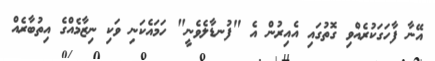
އޭނާ ފާހަގަކުރެއްވި ގޮތުގައި އެއިރުން އެ "ފުނޑާލެވެނީ" ހަމައެކަނި ވަކި ނިޒާމެއްގެ އިތުބާރެއް